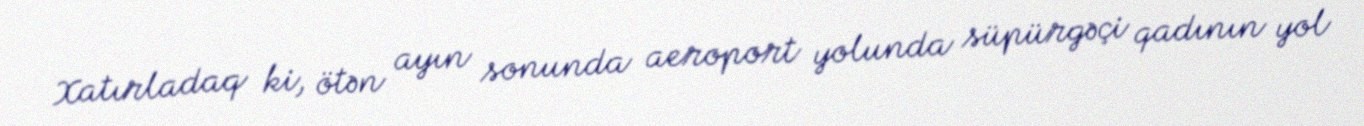
Xatırladaq ki, ötən ayın sonunda aeroport yolunda süpürgəçi qadının yol